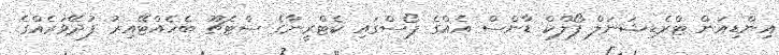
އިންޑިއަން ޓްރެޑިޝަނަލް ފޯލްކް ޑާންސް އެއްގެ ޕޯސްގައި ކެޓްރީނާގެ ސްޓެޗޫ ބެހެއްޓޭއިރު ފުދޭވަރެއްގެ